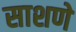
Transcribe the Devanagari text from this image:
साशणे